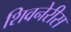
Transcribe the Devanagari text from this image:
शिवनेरीस